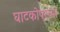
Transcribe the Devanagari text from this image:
घाटकोपरच्या